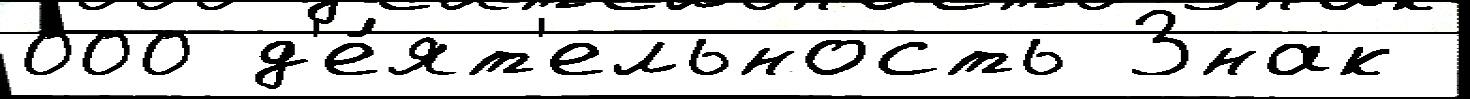
000 д'е́ят'ельность Знак